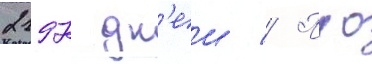
2197 дн'еи // Пао